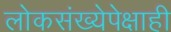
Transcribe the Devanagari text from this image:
लोकसंख्येपेक्षाही